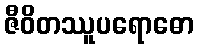
ဇီဝိတဿူပရောဓော